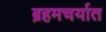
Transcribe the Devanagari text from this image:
ब्रहमचर्यात